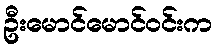
ဦးမောင်မောင်ဝင်းက